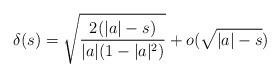
LaTeX: \begin{align*}\delta(s)= \sqrt{\frac{2(|a|-s)}{|a|(1-|a|^2)}}+o(\sqrt{|a|-s})\end{align*}